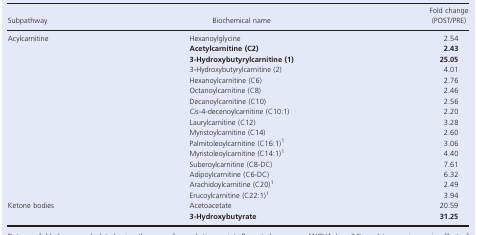
<table><thead><tr><td><b>Subpathway</b></td><td><b>Biochemical name</b></td><td><b>Fold change (POST/PRE)</b></td></tr></thead><tbody><tr><td>Acylcarnitine</td><td>Hexanoylglycine</td><td>2.54</td></tr><tr><td></td><td><b>Acetylcarnitine (C2)</b></td><td><b>2.43</b></td></tr><tr><td></td><td><b>3‐Hydroxybutyrylcarnitine (1)</b></td><td><b>25.05</b></td></tr><tr><td></td><td>3‐Hydroxybutyrylcarnitine (2)</td><td>4.01</td></tr><tr><td></td><td>Hexanoylcarnitine (C6)</td><td>2.76</td></tr><tr><td></td><td>Octanoylcarnitine (C8)</td><td>2.46</td></tr><tr><td></td><td>Decanoylcarnitine (C10)</td><td>2.56</td></tr><tr><td></td><td><i>Cis</i>‐4‐decenoylcarnitine (C10:1)</td><td>2.20</td></tr><tr><td></td><td>Laurylcarnitine (C12)</td><td>3.28</td></tr><tr><td></td><td>Myristoylcarnitine (C14)</td><td>2.60</td></tr><tr><td></td><td>Palmitoleoylcarnitine (C16:1)a</td><td>3.06</td></tr><tr><td></td><td>Myristoleoylcarnitine (C14:1)a</td><td>4.40</td></tr><tr><td></td><td>Suberoylcarnitine (C8‐DC)</td><td>7.61</td></tr><tr><td></td><td>Adipoylcarnitine (C6‐DC)</td><td>6.32</td></tr><tr><td></td><td>Arachidoylcarnitine (C20)a</td><td>2.49</td></tr><tr><td></td><td>Erucoylcarnitine (C22:1)a</td><td>3.94</td></tr><tr><td>Ketone bodies</td><td>Acetoacetate</td><td>20.59</td></tr><tr><td></td><td><b>3‐Hydroxybutyrate</b></td><td><b>31.25</b></td></tr></tbody></table>